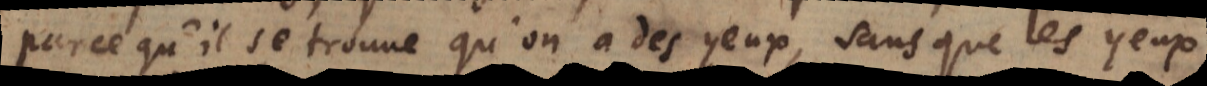
qu’il se trouve qu’on a des yeux, sans que les yeux